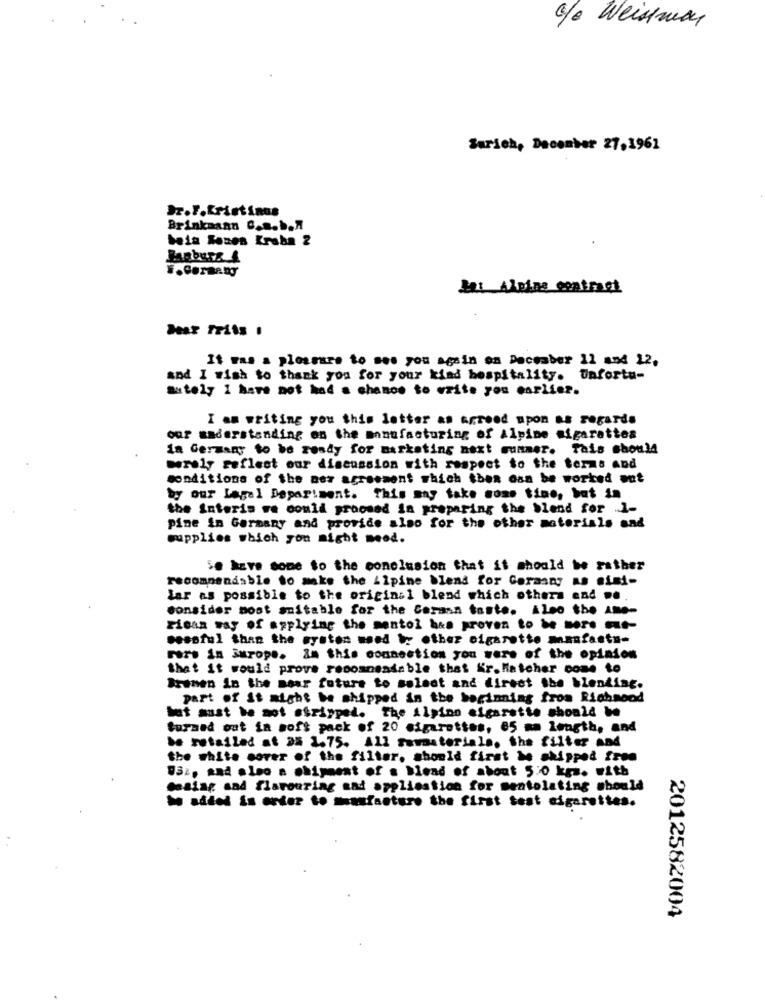
a/e Weistmay
Sarich, December 27,1961
Dr.F.Kristinus
Brinkmann C.m.b.A
bein Roses Krsha 2
Banbers 4
Mi Alpine contract
It was a pleasure to see you again on December 11 and 12,
and I wish to thank you for your kind hospitality. Unfortu-
autoly I have not had a chance to write you earlier.
I am writing you this letter as agreed upon as regards
our understanding on the manufacturing of Alpine cigarettes
in Germany to be ready for marketing next rummer. Tais should
werely reflect our discussion with respect to the terms and
conditions of the ner agreement which then can be worked out
by our Legal Department. This may take some tine, but in
the interis we could proosad in preparing the blend for 1-
pine in Germany and provide also for the other materials and
supplies which you might meod.
Se have some to the conclusion that it should be rather
recommendable to make the Alpine blend for Gorasny As sisi-
lar as possible to the original blend which others and ...
consider most suitable for the German taste. Also the Ame-
Fican may of applying the mentol has proven to be more me-
cessful than the systen weed by other cigarette manfastu-
Fors in iurope. im this connection you were of the opinion
that it would prove recommendable that Kr.Matcher come to
Bremen in the near future to select and direct the blending.
part of it might be shipped in the beginning from Richmond
hat sust he not stripped. The ilsinn cigarette should be
turned out in soft pack of 20 cigarettes, 65 mm length, and
be retailed at 25 1.75. All sawmaterials. the filter and
the white cover of the filter, should first be shipped free
032, and also a shipment of s blend of about 5:0 kg. with
Casiar sad flarouring and application for mentolating should
be added in order to musfacture the first test cigarettes.
2012582004